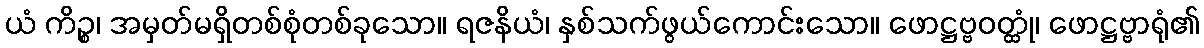
ယံ ကိဉ္စ၊ အမှတ်မရှိတစ်စုံတစ်ခုသော။ ရဇနိယံ၊ နှစ်သက်ဖွယ်ကောင်းသော။ ဖောဋ္ဌဗ္ဗဝတ္ထုံ၊ ဖောဋ္ဌဗ္ဗာရုံ၏